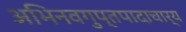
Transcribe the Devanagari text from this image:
अभिनवगुप्तपादाचार्य